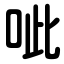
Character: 呲